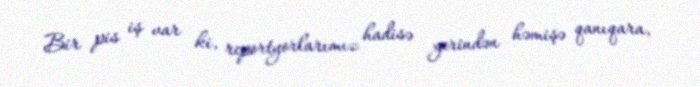
Bir pis iş var ki, reportyorlarımız hadisə yerindən həmişə qanıqara,